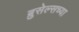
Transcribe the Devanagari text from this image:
ब्रुसेल्सच्या